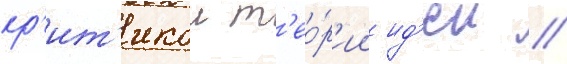
кр'ит'икои т'ео́р'ии ид'еи //